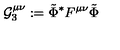
\mathcal { G } _ { 3 } ^ { \mu \nu } : = \tilde { \Phi } ^ { \ast } F ^ { \mu \nu } \tilde { \Phi }